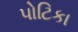
પોટિકા